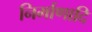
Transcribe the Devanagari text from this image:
निर्माणादि